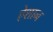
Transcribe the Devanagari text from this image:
ऐशान